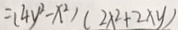
= ( 4 y ^ { 2 } - x ^ { 2 } ) ( 2 x ^ { 2 } + 2 x y )